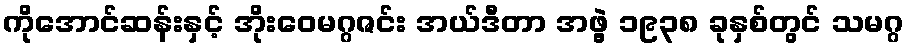
ကိုအောင်ဆန်းနှင့် အိုးဝေမဂ္ဂဇင်း အယ်ဒီတာ အဖွဲ့ ၁၉၃၈ ခုနှစ်တွင် သမဂ္ဂ